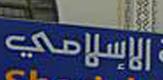
الإسلامي